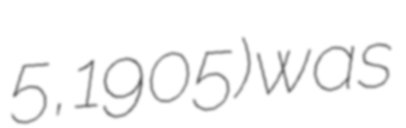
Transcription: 5, 1905) was